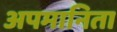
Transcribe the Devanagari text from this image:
अपमानिता